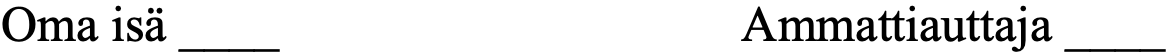
Oma isä ____             Ammattiauttaja ____